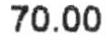
70.00